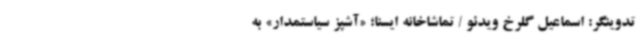
تدوینگر: اسماعیل گلرخ ویدئو / تماشاخانه ایسنا؛ «آشپز سیاستمدار» به